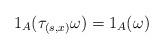
LaTeX: \begin{align*}1_A(\tau_{(s,x)}\omega)=1_A(\omega)\end{align*}